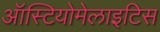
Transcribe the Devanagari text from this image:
ऑस्टियोमेलाइटिस